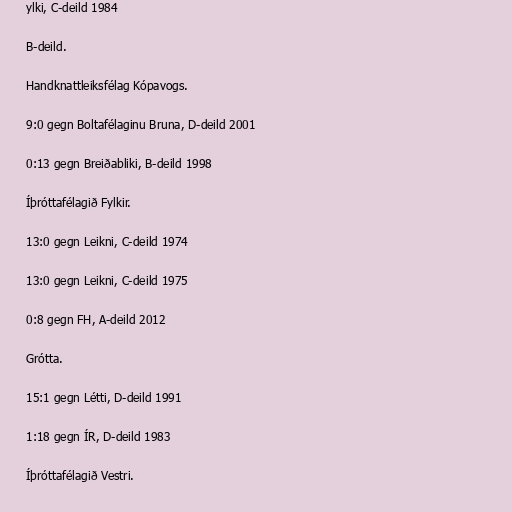
ylki, C-deild 1984

B-deild.

Handknattleiksfélag Kópavogs.

9:0 gegn Boltafélaginu Bruna, D-deild 2001

0:13 gegn Breiðabliki, B-deild 1998

Íþróttafélagið Fylkir.

13:0 gegn Leikni, C-deild 1974

13:0 gegn Leikni, C-deild 1975

0:8 gegn FH, A-deild 2012

Grótta.

15:1 gegn Létti, D-deild 1991

1:18 gegn ÍR, D-deild 1983

Íþróttafélagið Vestri.